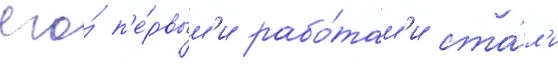
его́ п'е́рвым'и рабо́там'и ста́л'и